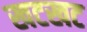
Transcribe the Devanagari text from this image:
खटखट